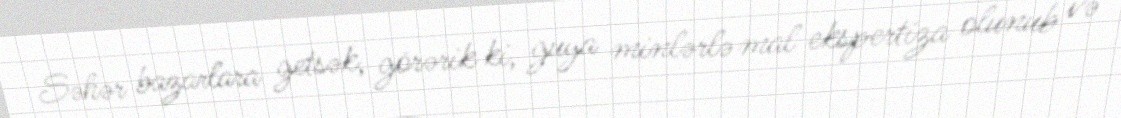
Səhər bazarlara getsək, görərik ki, guya minlərlə mal ekspertiza olunub və